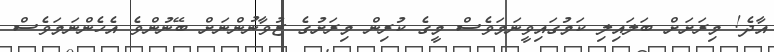
އާދެ! މިރަށަށް ބަލައިލި ކަމުގައިވީނަމަވެސް މީގެ ކުރިން މިރަށުގެ ޒުވާނުންނަށް ބޭނުންވެ އެހެންނަމަވެސް